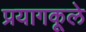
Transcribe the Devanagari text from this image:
प्रयागकूले